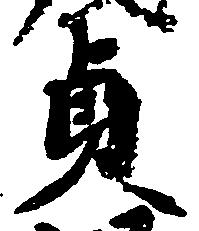
貞